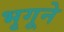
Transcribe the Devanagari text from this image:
भृगूने